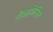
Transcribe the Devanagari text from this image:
गिआफेन्सिन